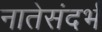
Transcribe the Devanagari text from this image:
नातेसंदर्भ